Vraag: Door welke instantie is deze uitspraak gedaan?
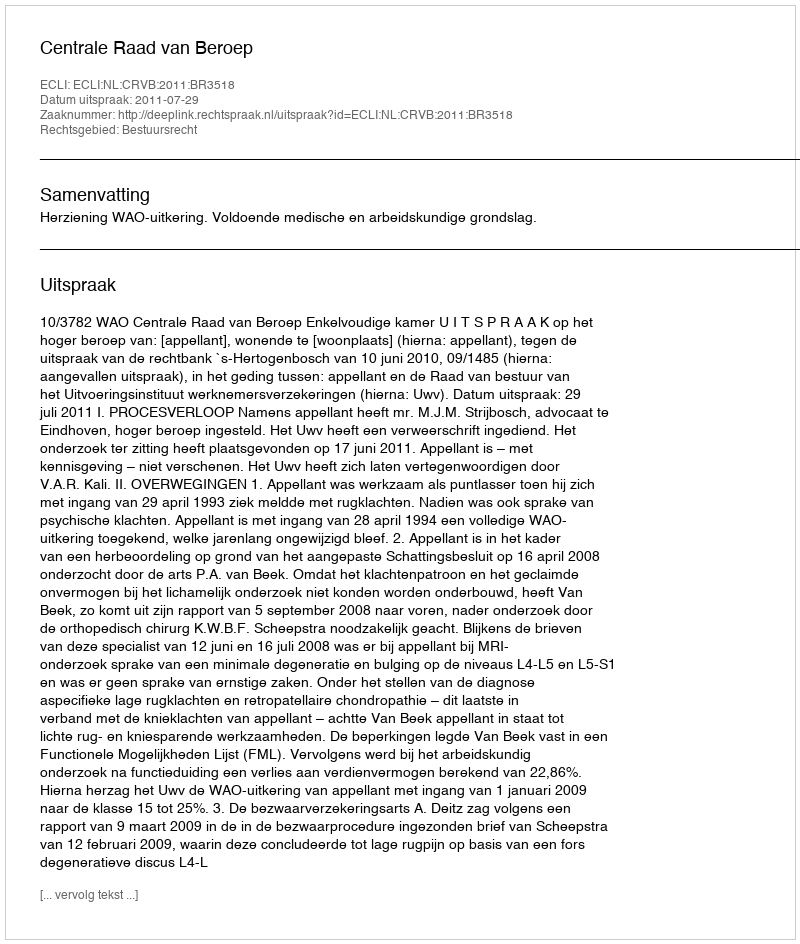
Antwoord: Centrale Raad van Beroep